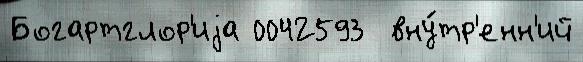
Богартглор'иjа 0042593  вну́тр'енн'ий